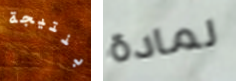
بنتيجة لمادة